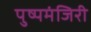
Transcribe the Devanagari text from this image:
पुष्पमंजिरी